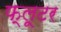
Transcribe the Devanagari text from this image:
फ्लूटर